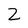
Character: 2